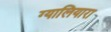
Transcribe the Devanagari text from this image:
ग्यालियारा